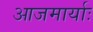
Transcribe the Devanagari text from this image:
आजमार्याः